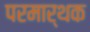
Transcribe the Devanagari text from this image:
परमार्थक